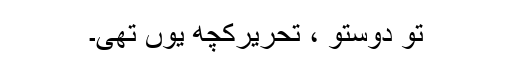
تو دوستو ، تحریرکچھ یوں تھی۔